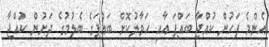
އެންމެ ފަހުން ކުއްޖާ ބައްޕަ އާއި ހަވާލުކޮށް ބައްޕަގެ ބެލުމުގެ ދަށުން ކުއްޖާ